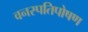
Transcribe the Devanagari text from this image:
वनस्पतिपोषण